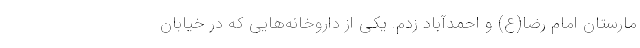
مارستان امام رضا(ع) و احمدآباد زدم. یکی از داروخانه‌هایی که در خیابان